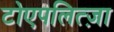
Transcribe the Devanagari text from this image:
टोएपलित्ज़ा